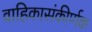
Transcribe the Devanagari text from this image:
वाहिकासंकीर्णक